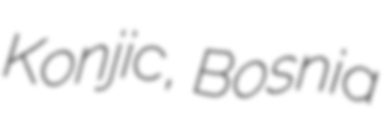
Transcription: Konjic, Bosnia